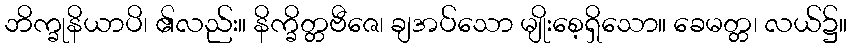
ဘိက္ခုနိယာပိ၊ ၏လည်း။ နိက္ခိတ္တဗီဇေ၊ ချအပ်သော မျိုးစေ့ရှိသော။ ခေမတ္တ၊ လယ်၌။